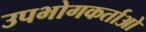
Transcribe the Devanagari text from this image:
उपभोगकर्ताओ